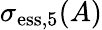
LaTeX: \sigma_{\mathrm{ess},5}(A)